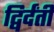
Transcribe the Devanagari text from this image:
द्विर्दंती